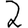
Digit: 2